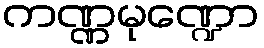
ကဏ္ဏမုဏ္ဍော